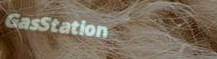
GasStation